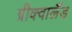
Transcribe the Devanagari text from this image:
ग्रीक्वालैंड